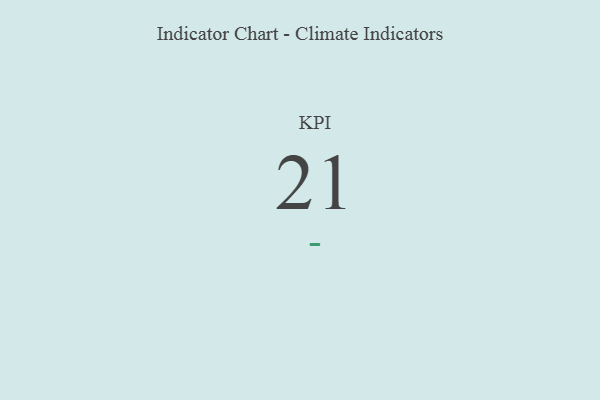
{"axis": {"x": "KPI", "y": "Value"}, "legend": [""], "data": [{"x": "KPI", "y": 21, "type": ""}]}